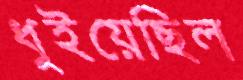
ধুইয়েছিল